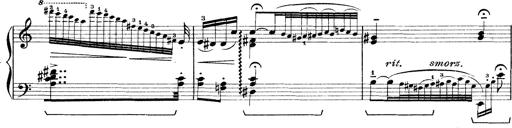
Title: Rapsodie: 19 ungheresi, 1 spagnuola
Composer: Franz Liszt